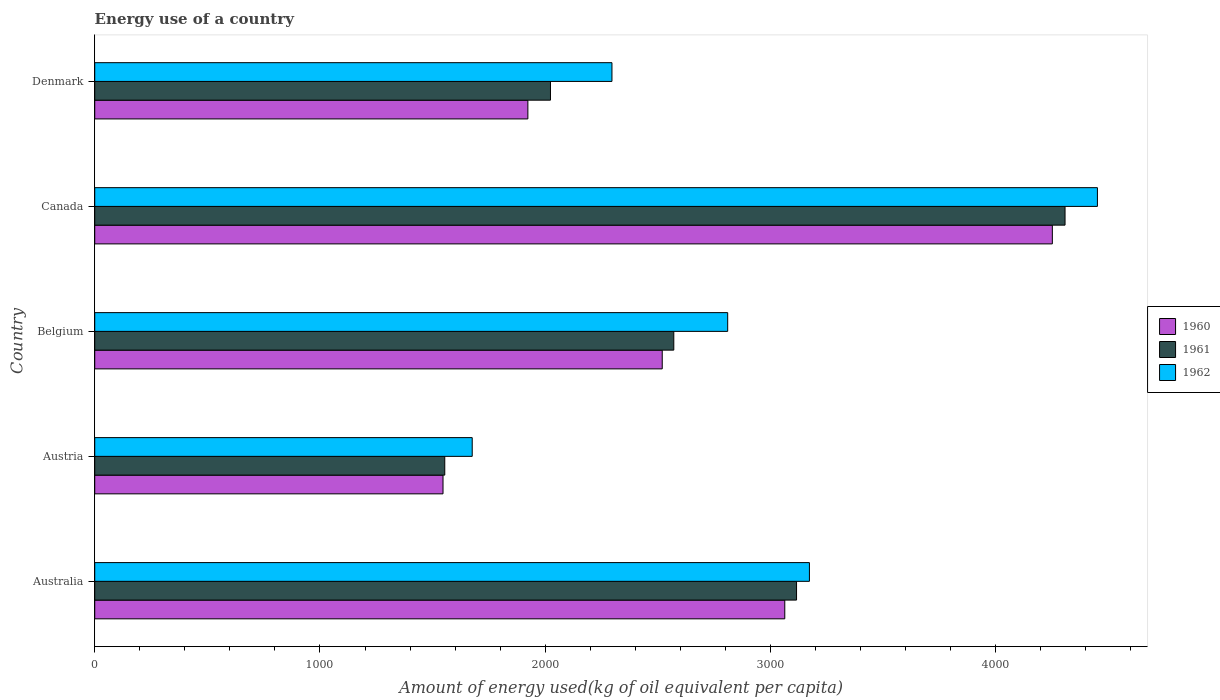
| Country | 1960 | 1961 | 1962 |
 | --- | --- | --- | --- |
 | Australia | 3.06e+03 | 3.12e+03 | 3.17e+03 |
 | Austria | 1.55e+03 | 1.55e+03 | 1.68e+03 |
 | Belgium | 2.52e+03 | 2.57e+03 | 2.81e+03 |
 | Canada | 4.25e+03 | 4.31e+03 | 4.45e+03 |
 | Denmark | 1.92e+03 | 2.02e+03 | 2.3e+03 |